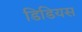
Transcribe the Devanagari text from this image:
डिडियस